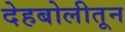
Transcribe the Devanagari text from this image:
देहबोलीतून